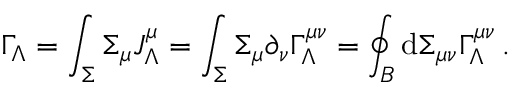
\Gamma _ { \Lambda } = \int _ { \Sigma } \d \Sigma _ { \mu } J _ { \Lambda } ^ { \mu } = \int _ { \Sigma } \d \Sigma _ { \mu } \partial _ { \nu } \Gamma _ { \Lambda } ^ { \mu \nu } = \oint _ { { \cal B } } \ensuremath { \operatorname { d } \! { } \Sigma _ { \mu \nu } } \Gamma _ { \Lambda } ^ { \mu \nu } \, .